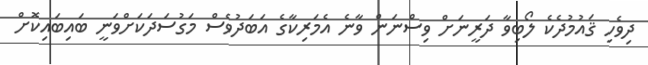
ދިވެހި ޤައުމުދެކެ ލޯބިވާ ދަރީނަށް ވިސްނަން ވާނެ އެމަރިކާގެ އަބަދުވެސް މަގުސަދަކަށްވަނީ ބައިބައިކޮށް